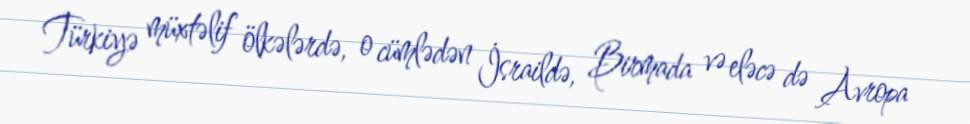
Türkiyə müxtəlif ölkələrdə, o cümlədən İsraildə, Birmada və eləcə də Avropa